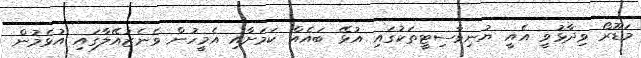
މަޑޫރޯ ވިދާޅުވީ އެއީ ޔުނިވާސިޓީތަކުގައި އުޅޭ ބައެއް ކަމަށާއި އެމީހުން ވެނެޒުއޭލާގައި އުޅެމުން